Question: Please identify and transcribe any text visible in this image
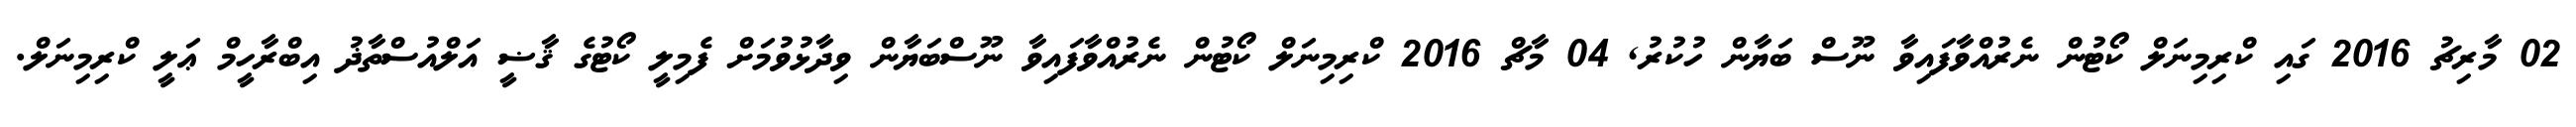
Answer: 02 މާރިޗު 2016 ގައި ކްރިމިނަލް ކޯޓުން ނެރުއްވާފައިވާ ނޫސް ބަޔާން ހުކުރު, 04 މާޗް 2016 ކްރިމިނަލް ކޯޓުން ނެރުއްވާފައިވާ ނޫސްބަޔާން ވިދާޅުވުމަށް ފެމިލީ ކޯޓުގެ ޤާޟީ އަލްއުސްތާޛު އިބްރާހީމް ޢަލީ ކްރިމިނަލް.